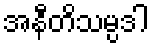
အနီတိသမ္ပဒါ